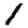
Digit: 1